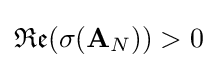
{\mathfrak {Re}}(\sigma ({\textbf {A}}_{N}))>0